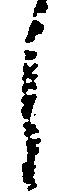
し